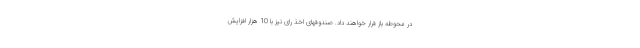
در محوطه باز قرار خواهند داد. صندوقهای اخذ رای نیز با 10 هزار افزایش